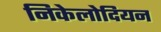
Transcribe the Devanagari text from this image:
निकेलोदियन